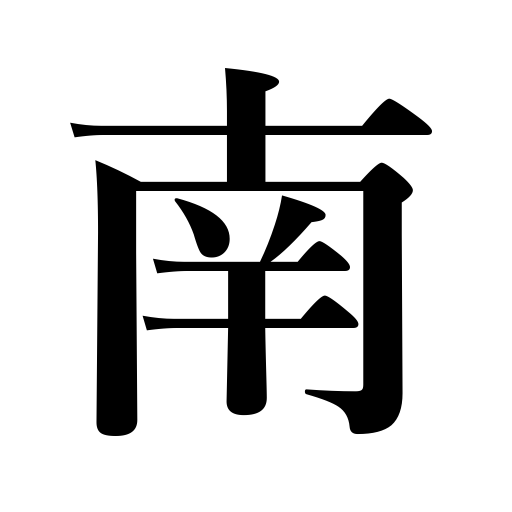
Meanings: south